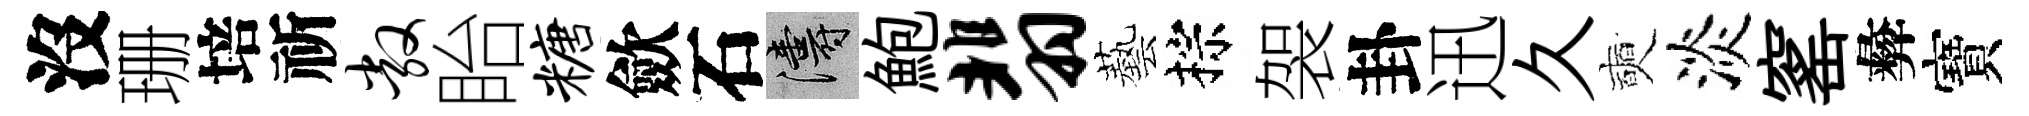
沒珊培祈敞眙糖歛石濤鮑翡藝棕袈卦迅久奭淡窰彜寶